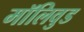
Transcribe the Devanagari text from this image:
मॉलिवुड